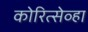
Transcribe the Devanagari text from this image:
कोरित्सेव्हा